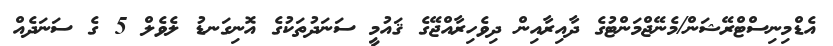
އެޑްމިނިސްޓްރޭޝަން/މެނޭޖްމަންޓުގެ ދާއިރާއިން ދިވެހިރާއްޖޭގެ ޤައުމީ ސަނަދުތަކުގެ އޮނިގަނޑު ލެވެލް 5 ގެ ސަނަދެއް